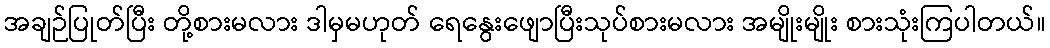
အချဉ်ပြုတ်ပြီး တို့စားမလား ဒါမှမဟုတ် ရေနွေးဖျောပြီးသုပ်စားမလား အမျိုးမျိုး စားသုံးကြပါတယ်။